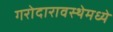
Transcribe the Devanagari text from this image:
गरोदारावस्थेमध्ये